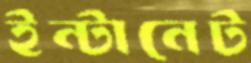
ইন্টানেট